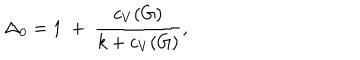
\Delta _ { 0 } = 1 ~ + ~ { \frac { c _ { V } ( G ) } { k + c _ { V } ( G ) } } ,